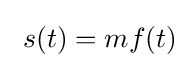
\ s(t)=mf(t)